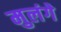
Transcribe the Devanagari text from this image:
मुलंगे